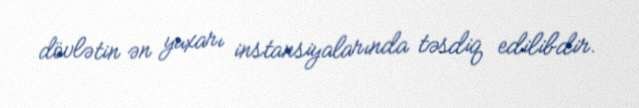
dövlətin ən yuxarı instansiyalarında təsdiq edilibdir.